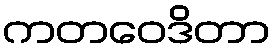
ကတဝေဒိတာ